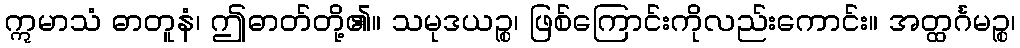
ဣမာသံ ဓာတူနံ၊ ဤဓာတ်တို့၏။ သမုဒယဉ္စ၊ ဖြစ်ကြောင်းကိုလည်းကောင်း။ အတ္ထင်္ဂမဉ္စ၊